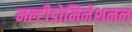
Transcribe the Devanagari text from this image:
मल्टीडोमिनेशनल